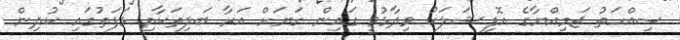
ސިއްހަތު ޖަމިއްޔާގެ އޮފިޝަލަކު ވިދާޅުވީ ގައިން ގަޔަށް އަރާ ބަލިތަކާއި ޅަފަތުގައި ކުދިން